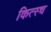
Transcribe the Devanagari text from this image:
कित्स्च